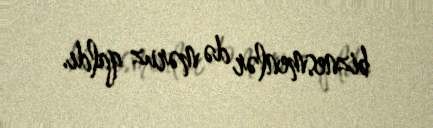
biznesmenlər də məruz qaldı.